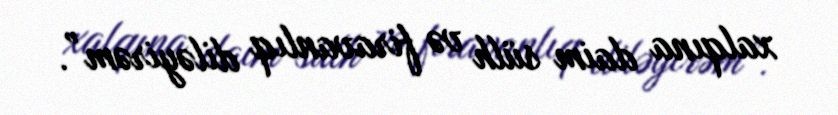
xalqına daim sülh və firavanlıq diləyirəm”.